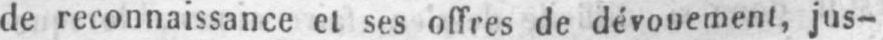
de reconnaissance et ses offres de dévouement, jus-